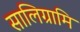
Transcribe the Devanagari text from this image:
सालिग्रामि